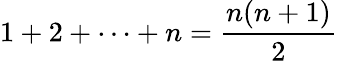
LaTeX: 1+2+\cdots+n=\frac{n(n+1)}{2}